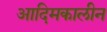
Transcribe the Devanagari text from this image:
आदिमकालीन